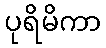
ပုရိမိကာ